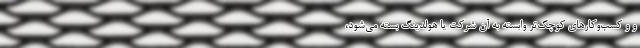
و و کسب‌وکارهای کوچک‌تر وابسته به آن شرکت یا هولدینگ بسته می‌شود،